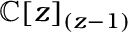
\mathbb { C } [ z ] _ { ( z - 1 ) }